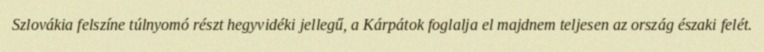
Szlovákia felszíne túlnyomó részt hegyvidéki jellegű, a Kárpátok foglalja el majdnem teljesen az ország északi felét.